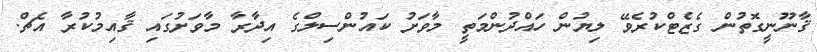
ޤާނޫނީގޮތުން ގެޒެޓްކުރެވޭ ލިޔުން ހައްދުންމަތީ މާވަށު ކައުންސިލްގެ އިދާރާ މާވަށުގައި ޤާއިމުކުރާ އެޗް.